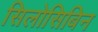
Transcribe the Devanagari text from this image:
सिलोसिबिन